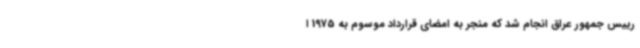
رییس جمهور عراق انجام شد که منجر به امضای قرارداد موسوم به 1975 ا